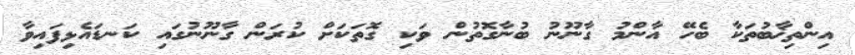
އިންތިޚާބުތަކާ ބެހޭ އާންމު ގާނޫނު ބުނާގޮތުން ވަކި ގޮތަކަށް ކުރަން ގާނޫނުގައި ކަނޑައެޅިފައިވާ